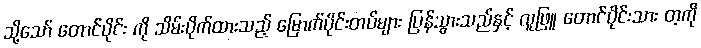
သို့သော် တောင်ပိုင်း ကို သိမ်းပိုက်ထားသည့် မြောက်ပိုင်းတပ်များ ပြန်သွားသည်နှင့် လူဖြူ တောင်ပိုင်းသား တ့ကို